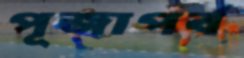
পূজাপর্ব